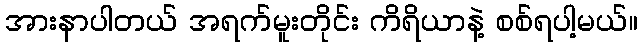
အားနာပါတယ် အရက်မူးတိုင်း ကိရိယာနဲ့ စစ်ရပါ့မယ်။